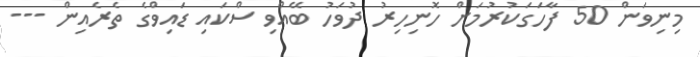
މިނިވަން 50 ފާހަގަކުރުމަށް ހޮނިހިރު ދުވަހު ބޭއްވި ސްކައި ޑައިވްގެ ތެރެއިން ---